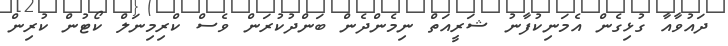
ދައުވާއާ ގުޅިގެން އެމަނިކުފާނު ޝަރީއަތް ނިމެންދެން ބަންދުކުރަން ވެސް ކްރިމިނަލް ކޯޓުން ކުރިން